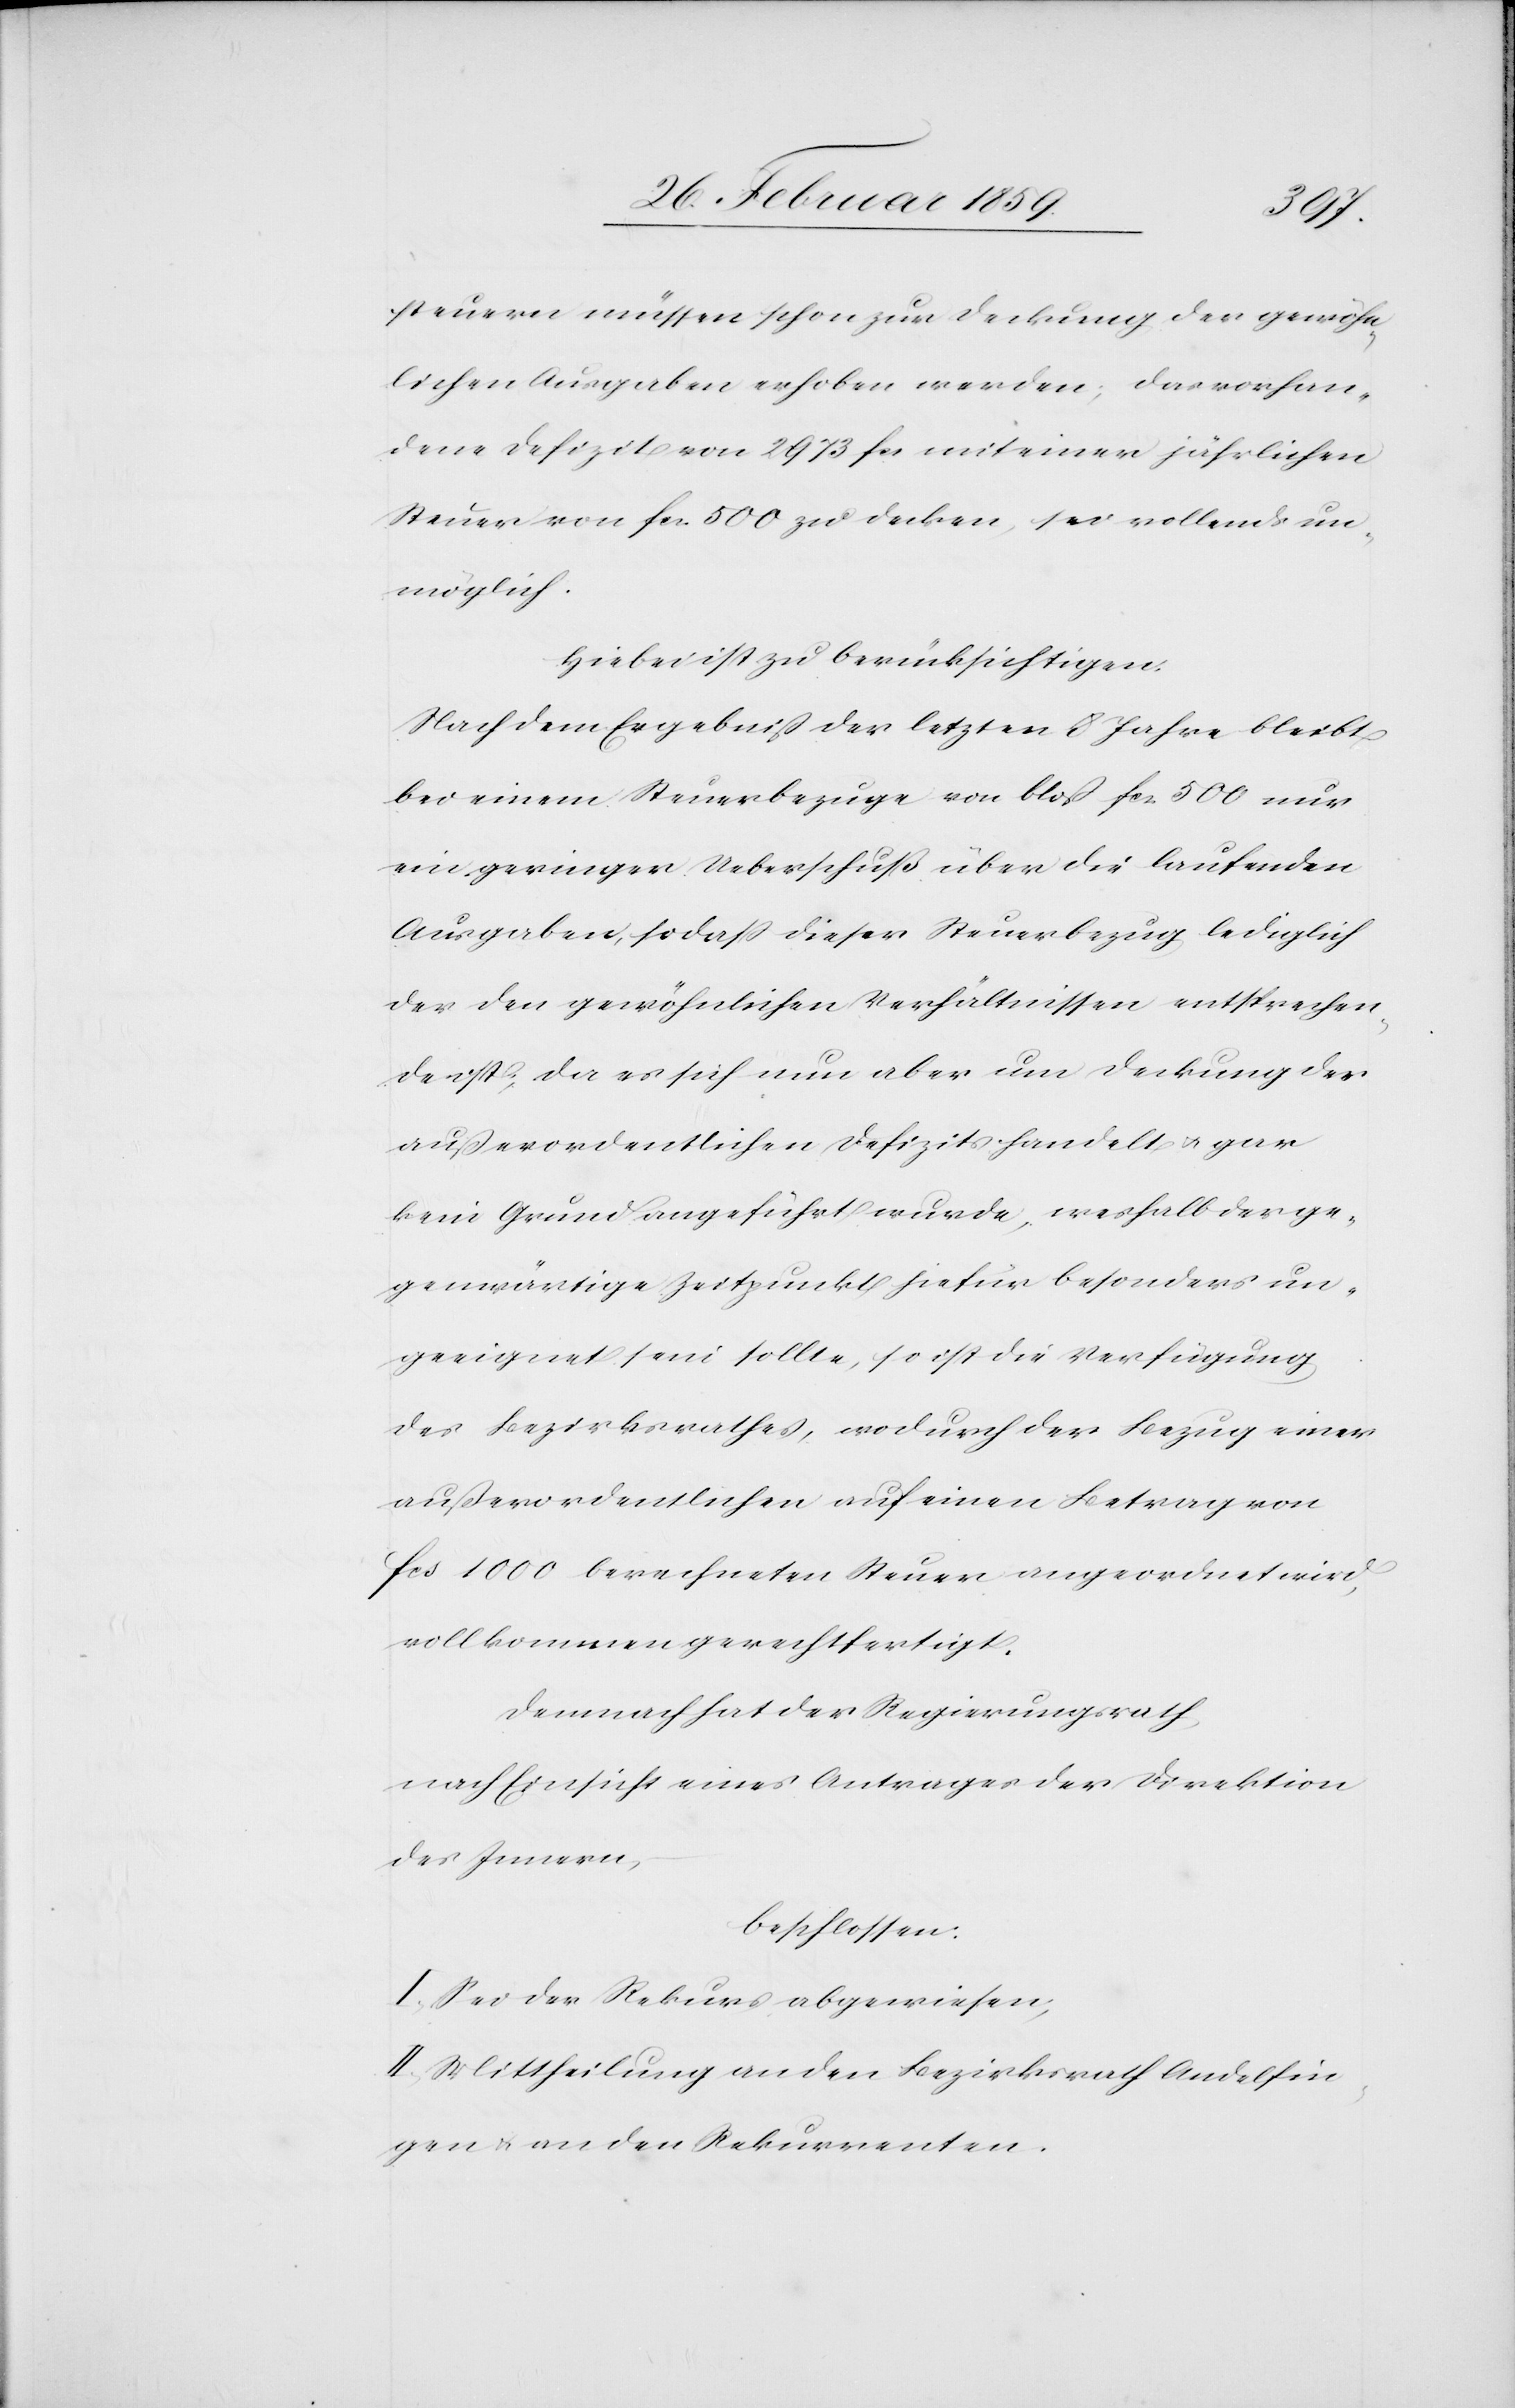
steuern müssen schon zur Deckung der gewöhn¬
lichen Ausgaben erhoben werden; das vorhan¬
dene Defizit von 2973 fcs mit einer jährlichen
Steuer von fcs. 500 zu decken, sei vollends un¬
möglich.
Hiebei ist zu berücksichtigen:
Nach dem Ergebniß der letzten 8 Jahre bleibt
bei einem Steuerbezuge von bloß fcs. 500 nur
ein geringer Ueberschuß über die laufenden
Ausgaben, sodaß dieser Steuerbezug lediglich
der den gewöhnlichen Verhältnissen entsprechen¬
de ist; da es sich nun aber um Deckung des
außerordentlichen Defizits handelt u. gar
kein Grund angeführt wurde, weshalb der ge¬
genwärtige Zeitpunkt hiefür besonders un¬
geeignet sein sollte, so ist die Verfügung
des Bezirksrathes, wodurch der Bezug einer
außerordentlichen auf einen Betrag von
fcs. 1000 berechneten Steuer angeordnet wird,
vollkommen gerechtfertigt.
Demnach hat der Regierungsrath,
nach Einsicht eines Antrages der Direktion
des Innern,
beschlossen:
I. Sei der Rekurs abgewiesen;
II. Mittheilung an den Bezirksrath Andelfin¬
gen u. an den Rekurrenten.